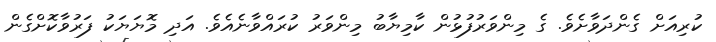
ކުރިއަށް ގެންދަވާށެވެ. ގެ މިންވަރުފުޅުން ކާމިޔާބު މިންވަރު ކުރައްވާނެއެވެ. އަދި މޮޔަޔަކު ފަރުވާކޮށްގެން